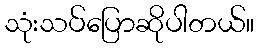
သုံးသပ်ပြောဆိုပါတယ်။